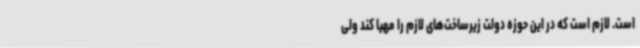
است. لازم است که در این حوزه دولت زیرساخت‌های لازم را مهیا کند ولی